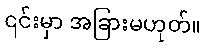
၎င်းမှာ အခြားမဟုတ်။